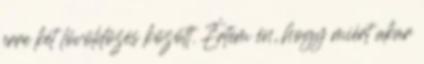
erre két lövöldözés között. Értem én, hogy miért akar